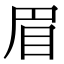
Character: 眉